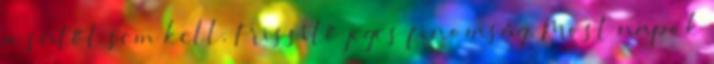
a sütőt sem kell. Frissítő jeges finomság. Most napok